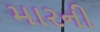
મારની